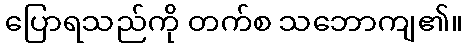
ပြောရသည်ကို တက်စ သဘောကျ၏။